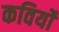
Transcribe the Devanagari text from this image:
कविर्यो